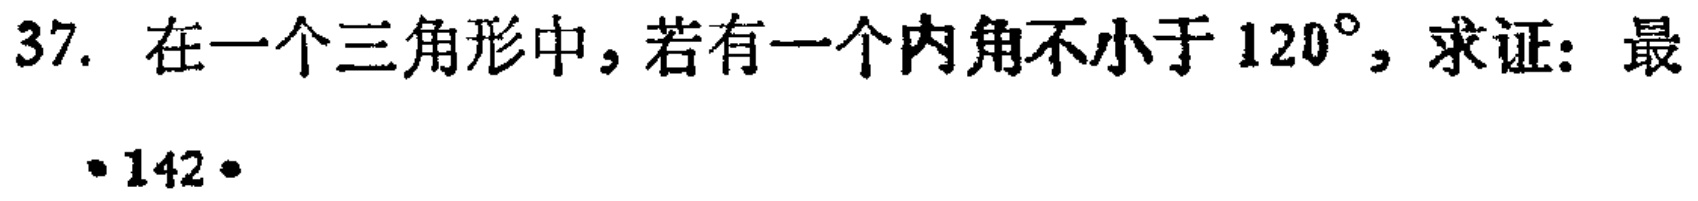
37. 在一个三角形中，若有一个内角不小于 \(120^{\circ}\)，求证：最
·142·